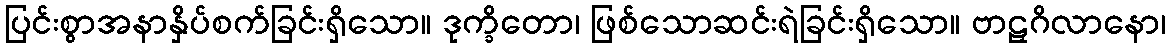
ပြင်းစွာအနာနှိပ်စက်ခြင်းရှိသော။ ဒုက္ခိတော၊ ဖြစ်သောဆင်းရဲခြင်းရှိသော။ ဗာဠှဂိလာနော၊